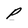
Character: p